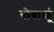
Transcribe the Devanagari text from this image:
वोवाळूं